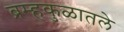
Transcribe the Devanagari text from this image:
ब्रम्हकुळातले